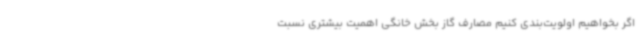
اگر بخواهیم اولویت‌بندی کنیم مصارف گاز بخش خانگی اهمیت بیشتری نسبت